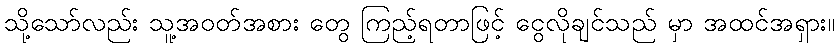
သို့သော်လည်း သူ့အဝတ်အစား တွေ ကြည့်ရတာဖြင့် ငွေလိုချင်သည် မှာ အထင်အရှား။